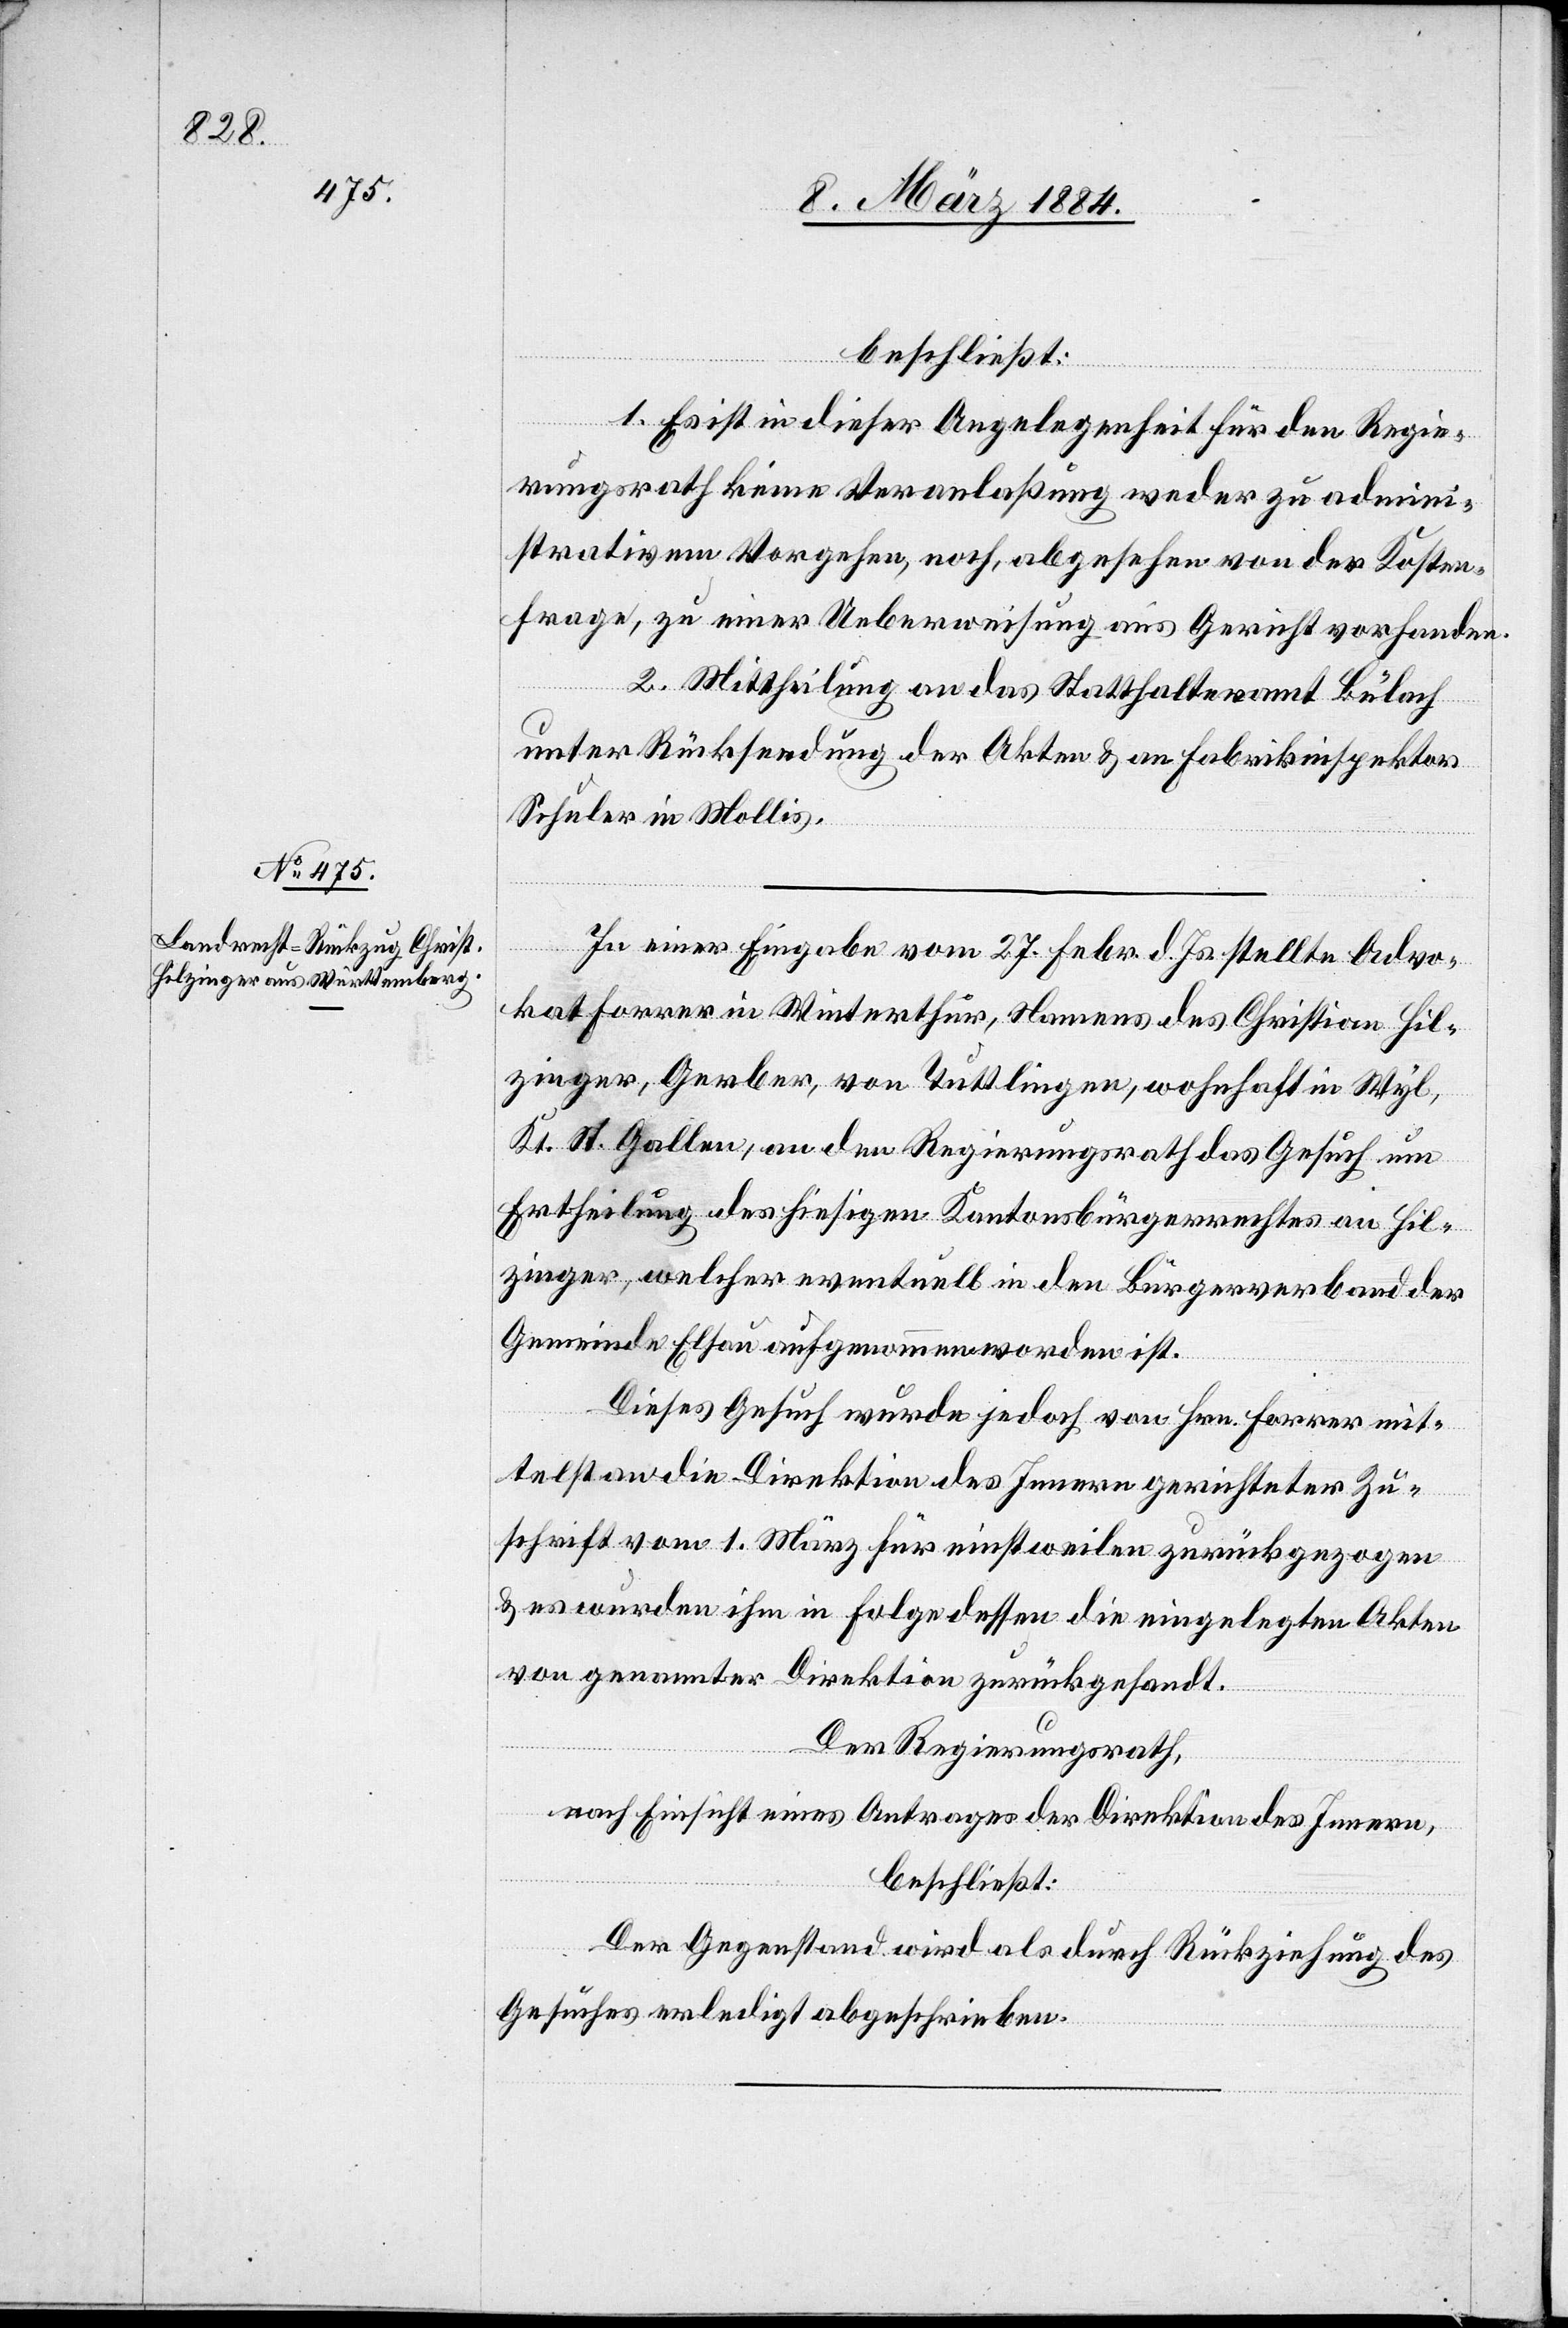
beschließt:
1. Es ist in dieser Angelegenheit für den Regie¬
rungsrath keine Veranlaßung weder zu admini¬
strativem Vorgehen, noch, abgesehen von der Kosten¬
frage, zu einer Ueberweisung ans Gericht vorhanden.
2. Mittheilung an das Statthalteramt Bülach
unter Rücksendung der Akten & an Fabrikinspektor
Schuler in Mollis.
In einer Eingabe vom 27. Febr. d. Js. stellte Advo¬
kat Forrer in Winterthur, Namens des Christian Hil¬
zinger, Gerber, von Tuttlingen, wohnhaft in Wyl,
Kt. St. Gallen, an den Regierungsrath das Gesuch um
Ertheilung des hiesigen Kantonsbürgerrechtes an Hil¬
zinger, welcher eventuell in den Bürgerverband der
Gemeinde Elsau aufgenommen worden ist.
Dieses Gesuch wurde jedoch von Hrn. Forrer mit¬
telst an die Direktion des Innern gerichteter Zu¬
schrift vom 1. März für einstweilen zurückgezogen
& es wurden ihm in Folge dessen die eingelegen Akten
von genannter Direktion zurückgesandt.
Der Regierungsrath,
nach Einsicht eines Antrages der Direktion des Innern,
beschließt:
Der Gegenstand wird als durch Rückziehung des
Gesuches erledigt abgeschrieben.